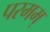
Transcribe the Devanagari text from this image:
परमम्